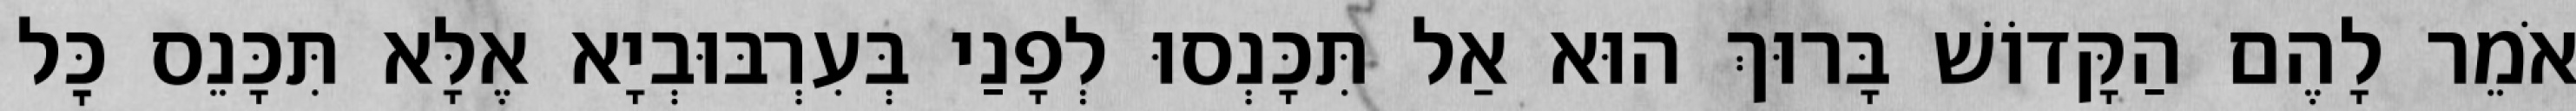
אֹמֵר לָהֶם הַקָּדוֹשׁ בָּרוּךְ הוּא אַל תִּכָּנְסוּ לְפָנַי בְּעִרְבּוּבְיָא אֶלָּא תִּכָּנֵס כׇּל